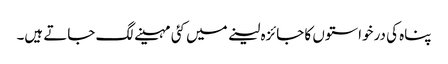
پناہ کی درخواستوں کا جائزہ لینے میں کئی مہینے لگ جاتے ہیں۔